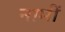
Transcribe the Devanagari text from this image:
नामीं